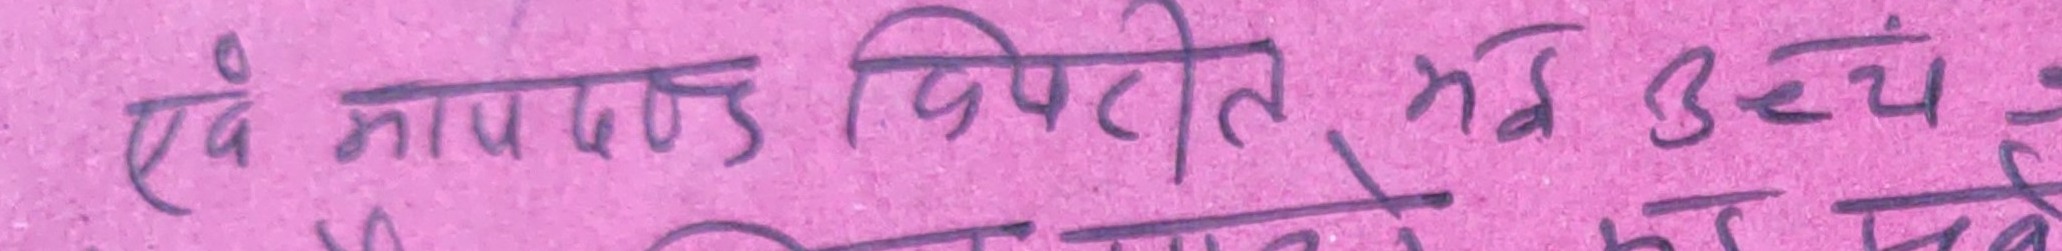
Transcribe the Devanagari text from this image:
एवं मापदण्ड विपरीत भई उच्य रहेने